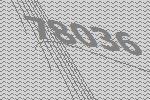
78036